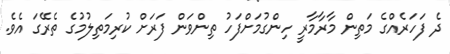
ދެ ފަހަރެއްގެ މަތިން މާރާމާރީ ހިންގުމަށްފަހު ތިންވަން ފަަރަށް ކުރިމަތިލުމުގެ ތެރޭގަ އެވެ.